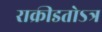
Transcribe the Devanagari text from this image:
राक्रीडतोऽत्र